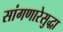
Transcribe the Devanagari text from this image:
सांगणारेसुद्धा